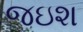
જઇશ